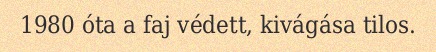
1980 óta a faj védett, kivágása tilos.